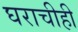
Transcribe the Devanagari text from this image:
घराचीही